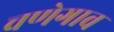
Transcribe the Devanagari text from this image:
चणेगाव